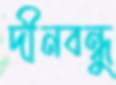
দীনবন্ধু